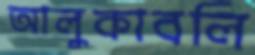
আলুকাবলি